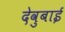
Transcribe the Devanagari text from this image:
देवुबाई